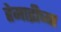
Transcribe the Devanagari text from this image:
हेमाद्रीच्या